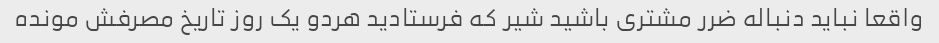
واقعا نباید دنباله ضرر مشتری باشید شیر که فرستادید هردو یک روز تاریخ مصرفش مونده